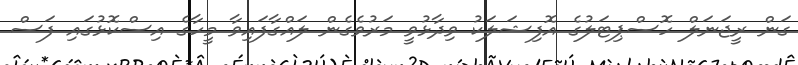
ގަން ރީޖަނަލް ހޮސްޕިޓަލުގެ އޮފިޝަލަކު ވިދާޅުވީ މަރުވެގެން ލައްގާފައިވާ މީހާގެ އިސްކޮޅުގައި ފަސް